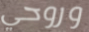
وروحي